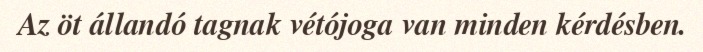
Az öt állandó tagnak vétójoga van minden kérdésben.